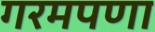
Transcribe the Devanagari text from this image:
गरमपणा